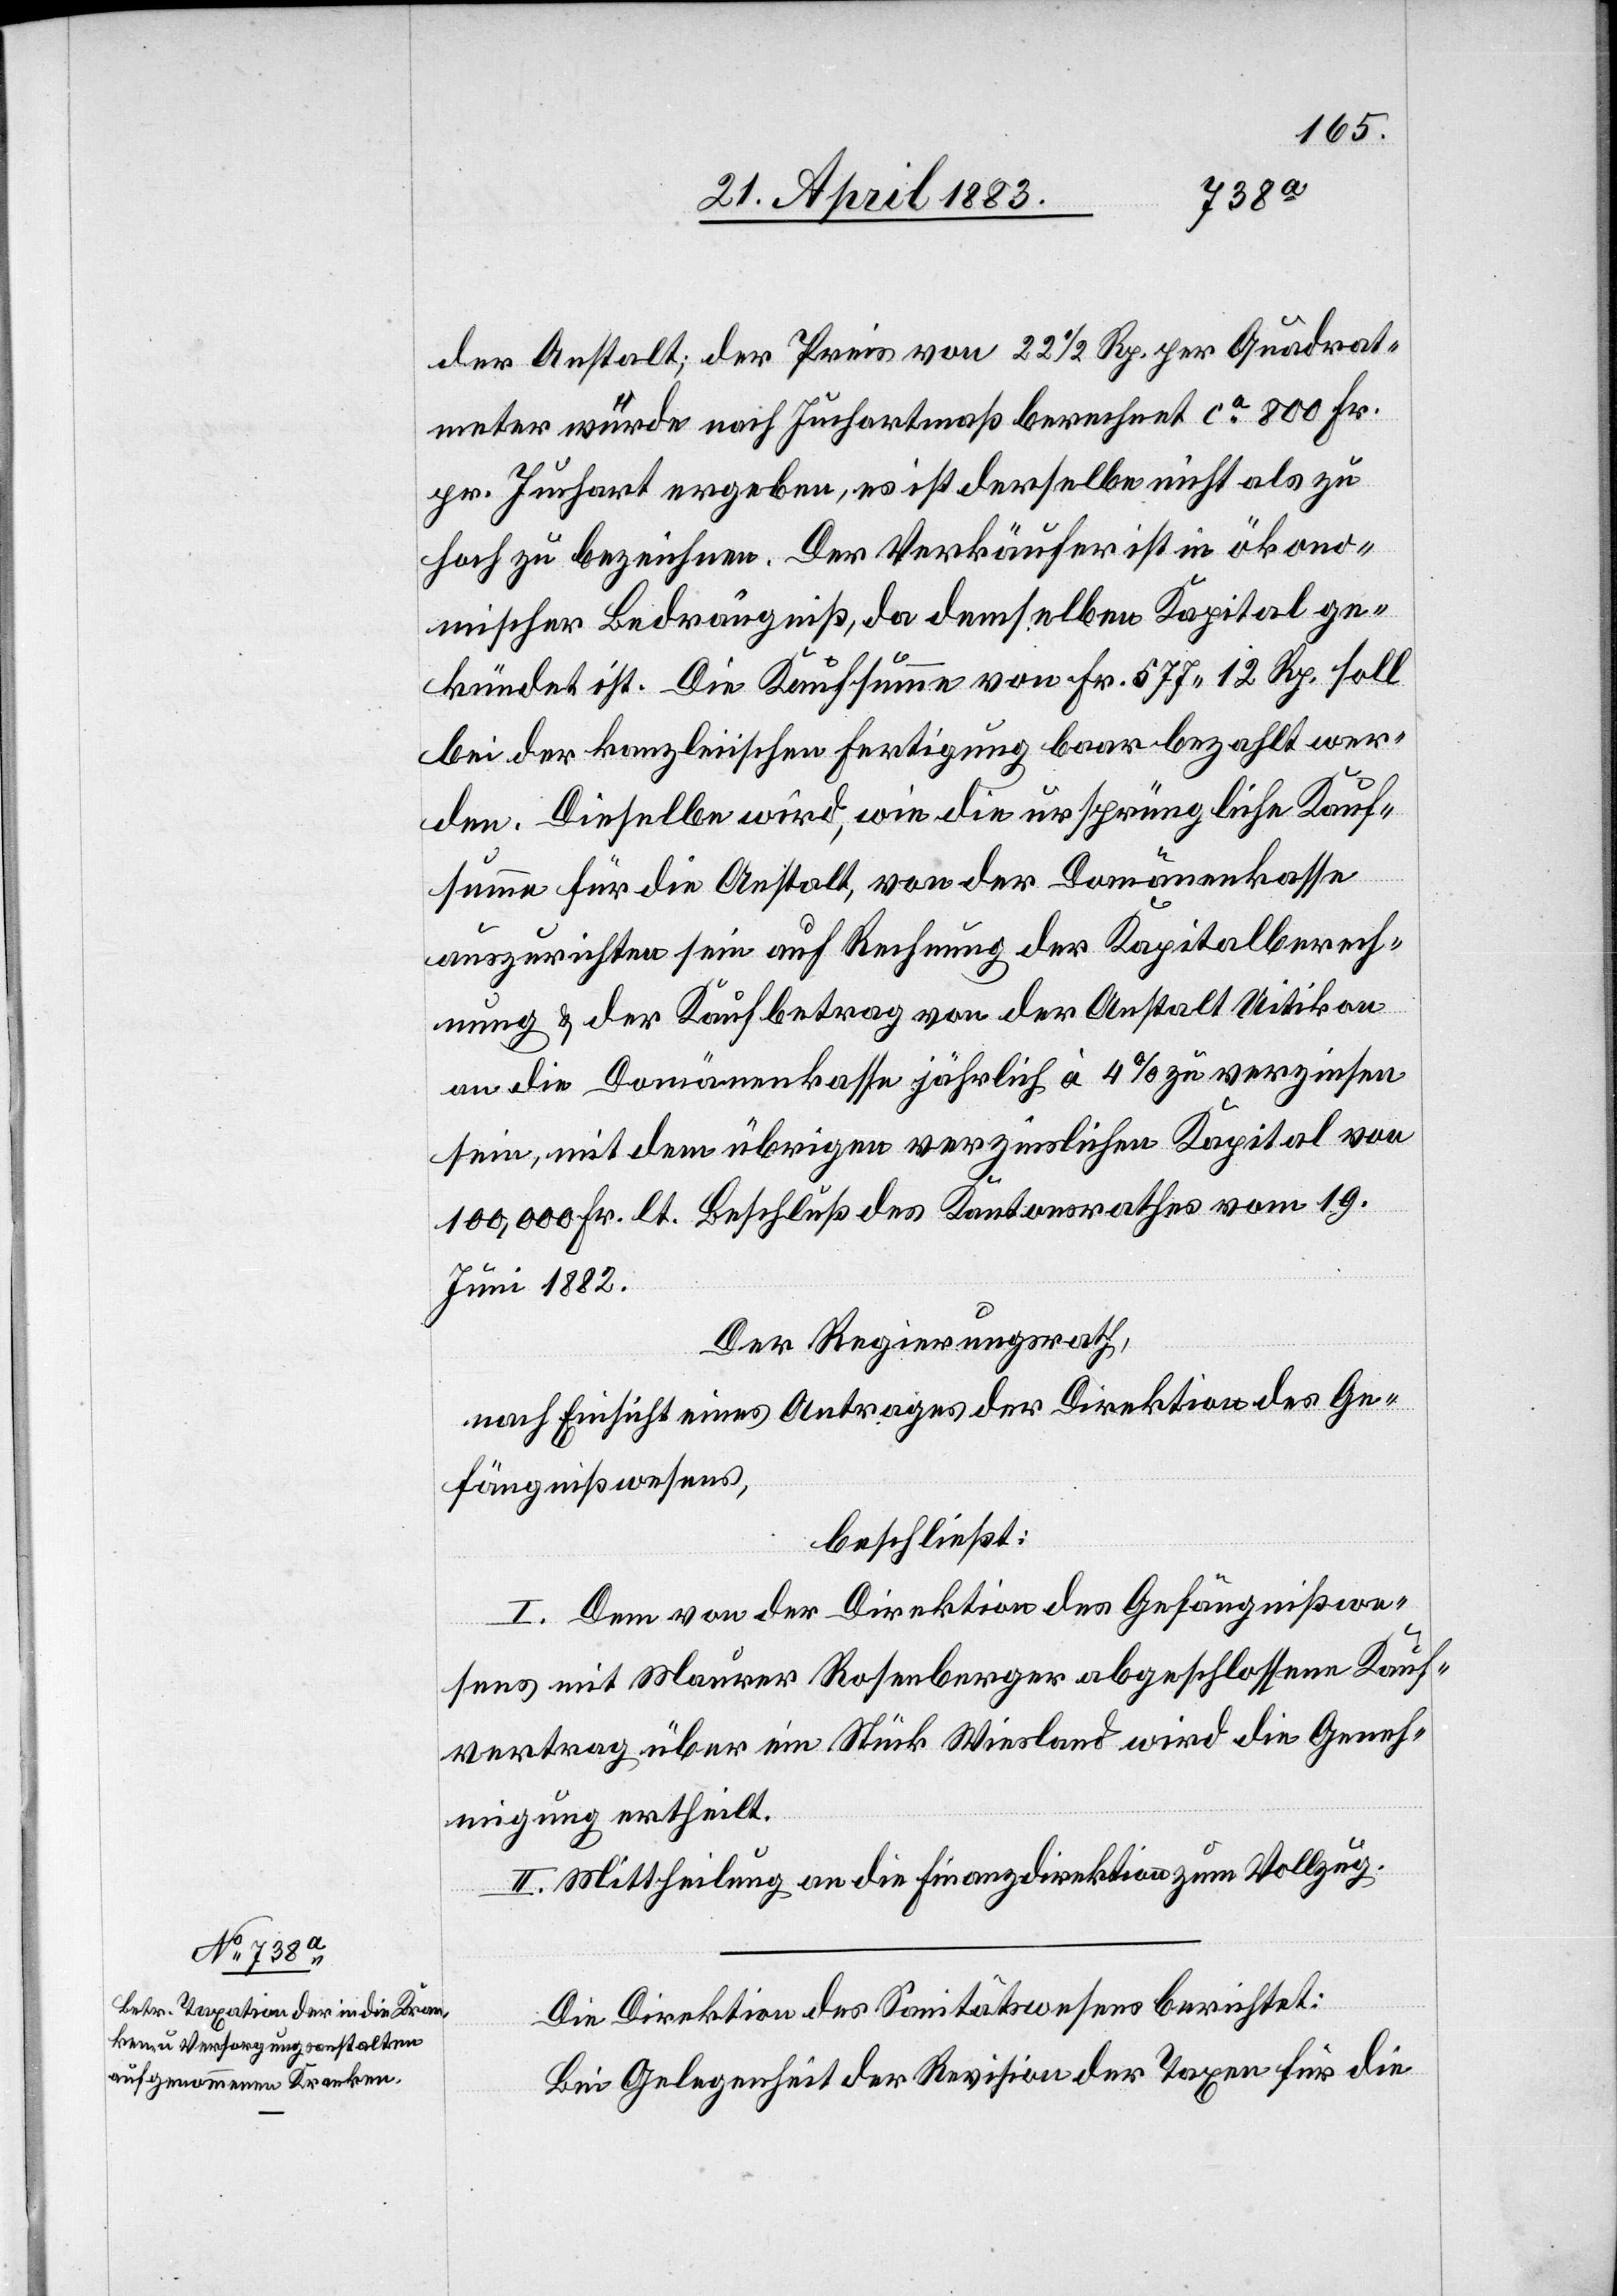
der Anstalt; der Preis von 22 1/2 Rp. per Quadrat¬
meter würde nach Juchartenmaß berechnet ca 800 Fr.
pr. Juchart ergeben, es ist derselbe nicht als zu
hoch zu bezeichnen. Der Verkäufer ist in ökono¬
mischer Bedrängniß, da demselben Kapital ge¬
kündet ist. Die Kaufsumme von Fr. 577 12 Rp. soll
bei der kanzleiischen Fertigung baar bezahlt wer¬
den. Dieselbe wird, wie die ursprüngliche Kauf¬
summe für die Anstalt, von der Domänenkasse
auszurichten sein auf Rechnung von der Anstalt
an die Domänenkasse jährlich à 4% zu verzinsen
sein, mit dem übrigen verzinslichen Kapital von
100,000 Fr. lt. Beschuß des Kantonsrathes vom 19.
Juni 1882.
Der Regierungsrath,
nach Einsicht eines Antrages der Direktion des Ge¬
fängnißwesens,
beschließt:
I. Dem von der Direktion des Gefängnißwe¬
sens mit Maurer Rosenberger abgeschlossene Kauf¬
vertrag über ein Stück Wiesland wird die Geneh¬
migung ertheilt.
II. Mittheilung an die Finanzdirektion zum Vollzug.
Die Direktion des Sanitätswesens berichtet:
Bei Gelegenheit der Revision der Taxen für die